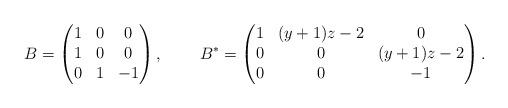
LaTeX: \begin{align*} B &= \begin{pmatrix} 1 & 0 & 0 \\ 1 & 0 & 0 \\ 0 & 1 & -1 \end{pmatrix},& B^* &= \begin{pmatrix} 1 & (y+1)z-2 & 0 \\ 0 & 0 & (y+1)z-2 \\ 0 & 0 & -1 \end{pmatrix}.\end{align*}